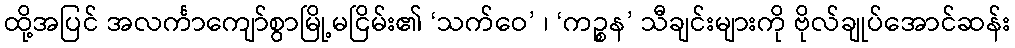
ထို့အပြင် အလင်္ကာကျော်စွာမြို့မငြိမ်း၏ ‘သက်ဝေ’ ၊ ‘ကဉ္စန’ သီချင်းများကို ဗိုလ်ချုပ်အောင်ဆန်း